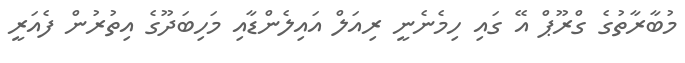
މުބާރާތުގެ ގްރޫޕް އޭ ގައި ހިމެނެނީ ރިއަލް އައިލެންޑާއި މަހިބަދޫގެ އިތުރުން ފެއަރީ